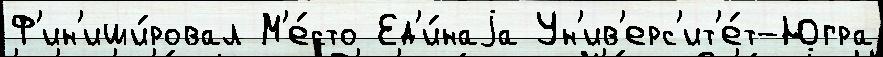
Ф'ин'иши́ровал М'е́сто Ед'и́наjа Ун'ив'ерс'ит'е́т-Югра